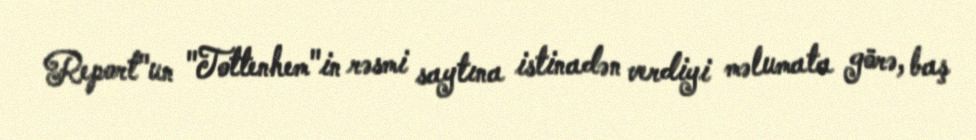
Report"un "Tottenhem"in rəsmi saytına istinadən verdiyi məlumata görə, baş